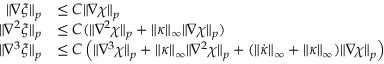
\begin{array} { r l } { \| \nabla \xi \| _ { p } } & { \leq C \| \nabla \chi \| _ { p } } \\ { \| \nabla ^ { 2 } \xi \| _ { p } } & { \leq C ( \| \nabla ^ { 2 } \chi \| _ { p } + \| \kappa \| _ { \infty } \| \nabla \chi \| _ { p } ) } \\ { \| \nabla ^ { 3 } \xi \| _ { p } } & { \leq C \left( \| \nabla ^ { 3 } \chi \| _ { p } + \| \kappa \| _ { \infty } \| \nabla ^ { 2 } \chi \| _ { p } + ( \| \dot { \kappa } \| _ { \infty } + \| \kappa \| _ { \infty } ) \| \nabla \chi \| _ { p } \right) } \end{array}